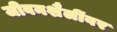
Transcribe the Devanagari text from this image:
जीवनशैलींवर